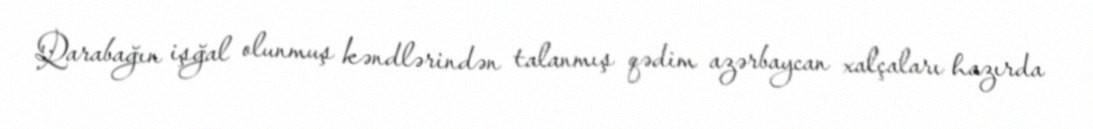
Qarabağın işğal olunmuş kəndlərindən talanmış qədim azərbaycan xalçaları hazırda